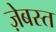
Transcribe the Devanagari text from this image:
ज़ेबस्त